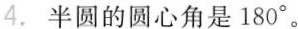
4.半圆的圆心角是180°。 ( )